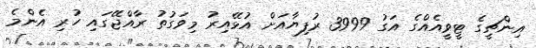
އިންޗީގެ ޓީވީއެއްގެ އަގު 3999 ރުފިޔާއަށް އުޅޭއިރު މިވަގުތު ރާއްޖޭގައި ހުރި އެންމެ